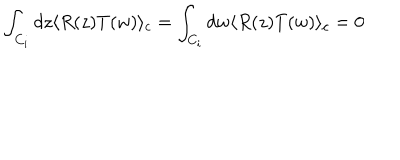
LaTeX: \int _ { C _ { i } } d z \langle R ( z ) T ( w ) \rangle _ { c } = \int _ { C _ { i } } d w \langle R ( z ) T ( w ) \rangle _ { c } = 0